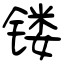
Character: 镂